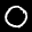
Label: 0